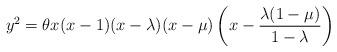
LaTeX: \begin{align*}y^2=\theta x(x-1)(x-\lambda)(x-\mu)\left(x-\dfrac{\lambda(1-\mu)}{1-\lambda}\right)\end{align*}